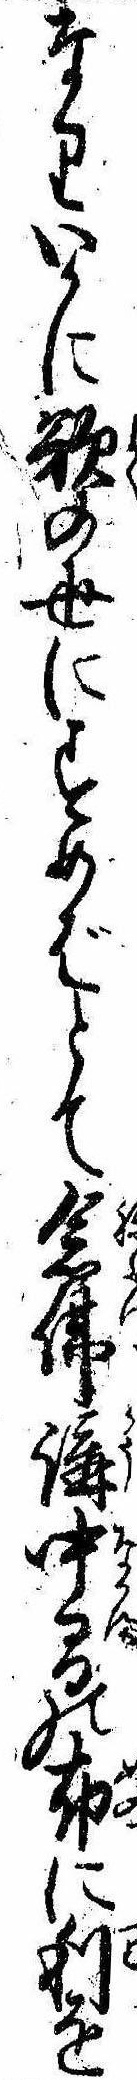
なりいかに欲の世にすめばとて念仏講中間の布に利を